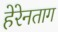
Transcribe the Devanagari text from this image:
हेरेनताग